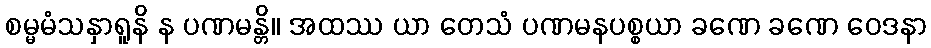
စမ္မမံသနှာရူနိ န ပဏမန္တိ။ အထဿ ယာ တေသံ ပဏမနပစ္စယာ ခဏေ ခဏေ ဝေဒနာ